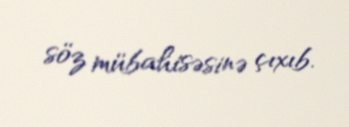
söz mübahisəsinə çıxıb.